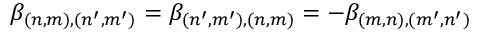
\begin{array} { r } { \beta _ { ( n , m ) , ( n ^ { \prime } , m ^ { \prime } ) } = \beta _ { ( n ^ { \prime } , m ^ { \prime } ) , ( n , m ) } = - \beta _ { ( m , n ) , ( m ^ { \prime } , n ^ { \prime } ) } } \end{array}